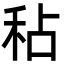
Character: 秥